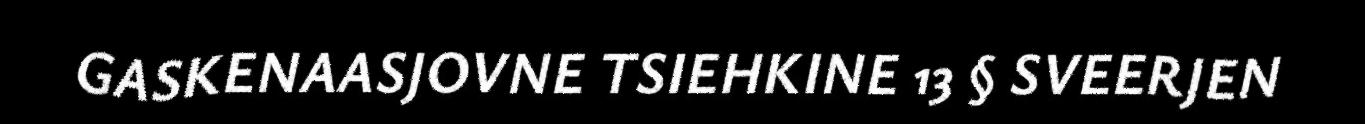
GASKENAASJOVNE TSIEHKINE 13 § SVEERJEN